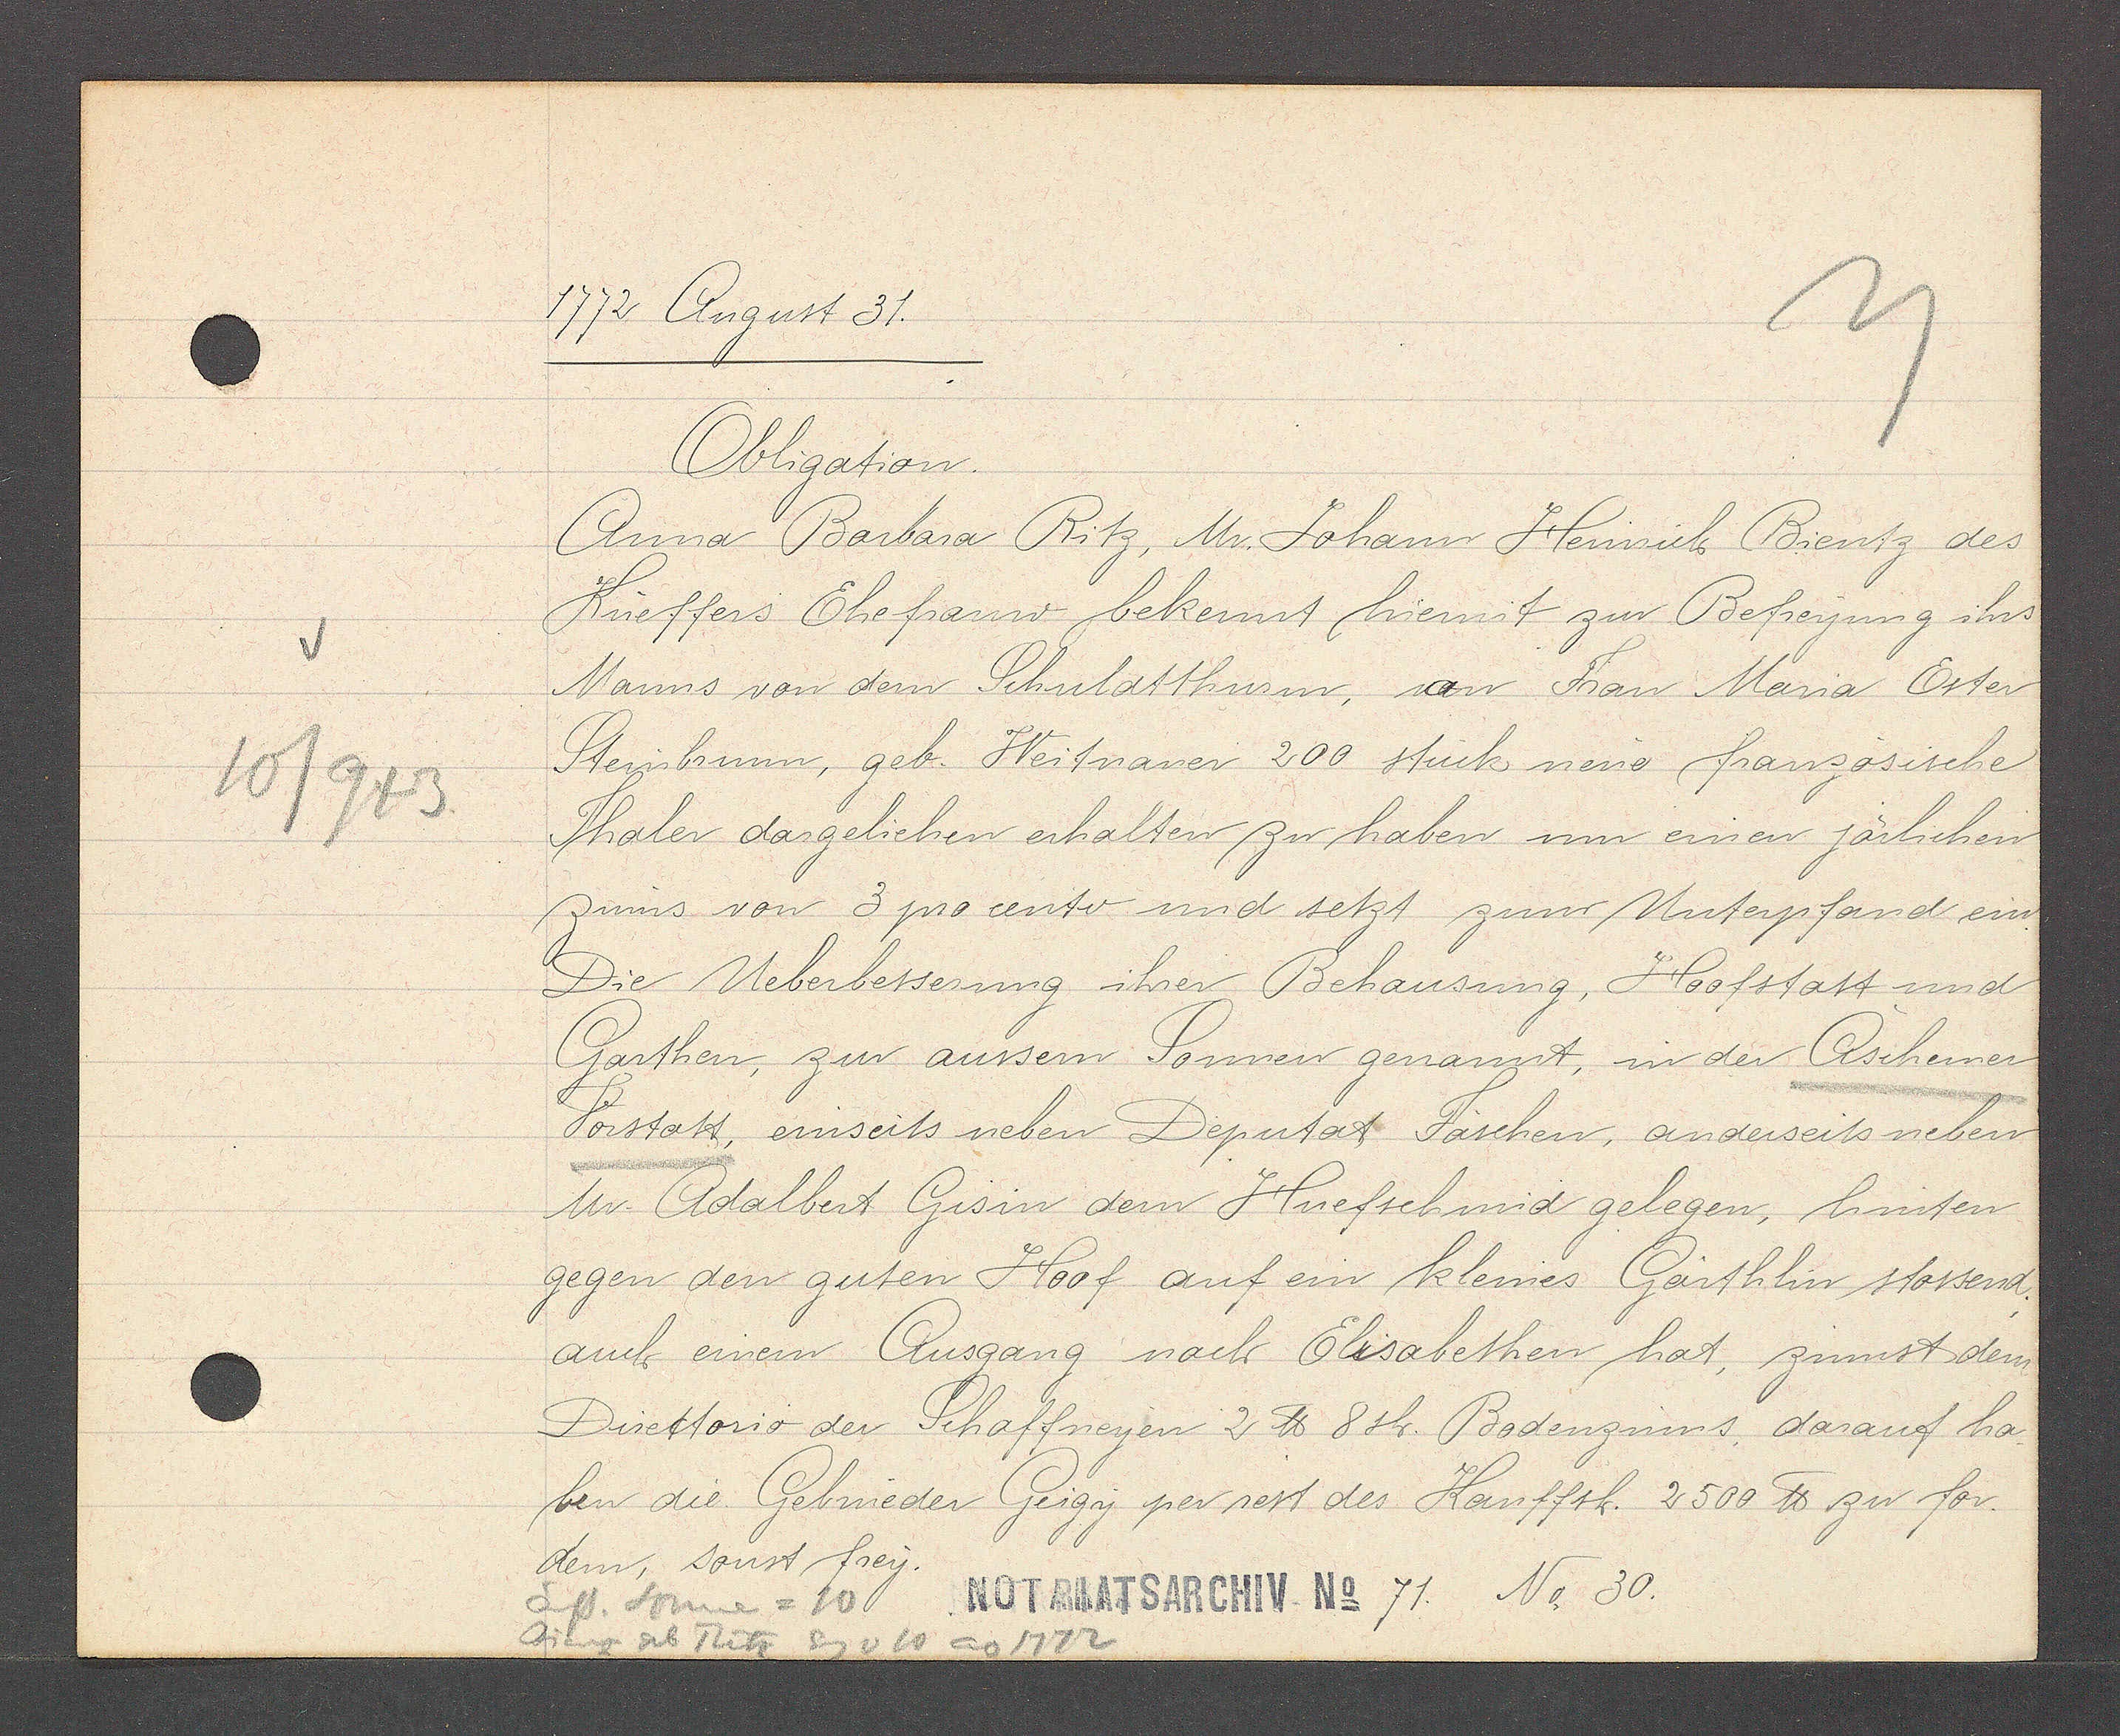
Transcript:
10/943

1772. August 31.

Obligation.
Anna Barbara Ritz, Mr. Johann Heinrich Bientz des
Küeffers Ehefrauw bekennt hiermit zur Befreyung ihrs
Manns von dem Schuldtthurm, an Frau Maria Ester
Steinbrunn, geb. Weitnauer 200 stück neue französische
Thaler dargeliehen erhalten zu haben um einen järlichen
zinns von 3 pro cento und setzt zum Unterpfand ein.
Die Ueberbesserung ihrer Behausung, Hoofstatt und
Garthen, zur aussern Sonnen genannt, in der Aschener
Vorstatt, einseits neben Deputat Fäschen, anderseits neben
Mr. Adalbert Gisin dem Huefschmid gelegen, hinten
gegen den guten Hoof auf ein kleines Gärthlin stossend
auch einem Ausgang nach Elisabethen hat, zinnst dem
Directorio der Schaffneyen 2 ℔ 8 sh. Bodenzinns, darauf ha-
ben die Gebrüeder Geigy per rest des Kauffsh. 2500℔ zu for.
dern, sonst frey.

auss. Sonne = 10
Bienz geb Ritz Eg v 10 ao 1772

Notariatsarchiv No 71. No 30.